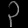
Digit: ၃